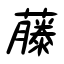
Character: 藤